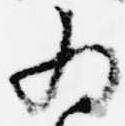
為